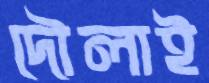
দৌলাই